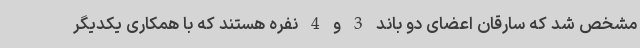
مشخص شد که سارقان اعضای دو باند 3 و 4 نفره هستند که با همکاری یکدیگر